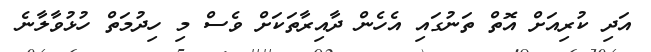
އަދި ކުރިއަށް އޮތް ތަނުގައި އެހެން ދާއިރާތަކަށް ވެސް މި ހިދުމަތް ހުޅުވާލާނެ